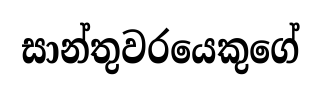
සාන්තුවරයෙකුගේ